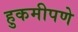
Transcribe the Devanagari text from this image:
हुकमीपणे